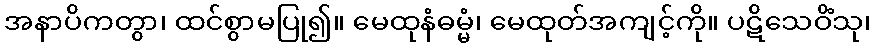
အနာပိကတွာ၊ ထင်စွာမပြု၍။ မေထုနံဓမ္မံ၊ မေထုတ်အကျင့်ကို။ ပဋိသေဝိံသု၊